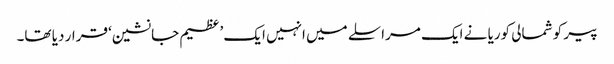
پیر کو شمالی کوریا نے ایک مراسلے میں انہیں ایک ’عظیم جانشین‘ قرار دیا تھا۔